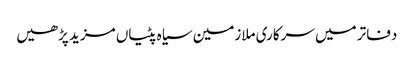
دفاتر میں سرکاری ملازمین سیاہ پٹیاں مزید پڑھیں